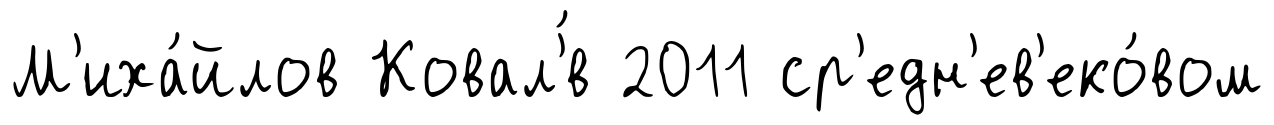
М'иха́йлов Ковал'́в 2011 ср'едн'ев'еко́вом